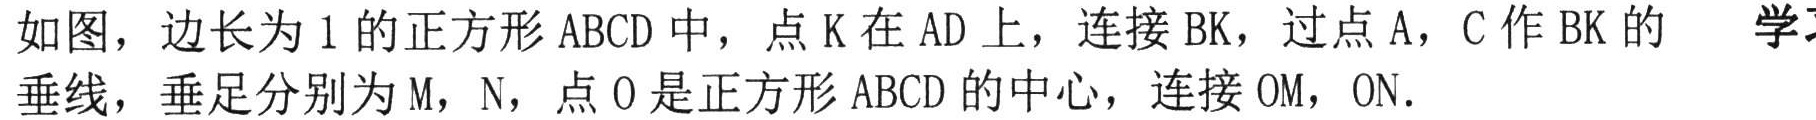
如图，边长为1的正方形 \(ABCD\) 中，点 \(K\) 在 \(AD\) 上，连接 \(BK\)，过点 \(A\)，\(C\) 作 \(BK\) 的垂线，垂足分别为 \(M\)，\(N\)，点 \(O\) 是正方形 \(ABCD\) 的中心，连接 \(OM\)，\(ON\).